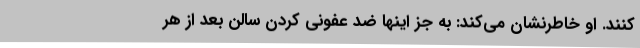
کنند. او خاطرنشان می‌کند: به جز اینها ضد عفونی کردن سالن بعد از هر